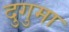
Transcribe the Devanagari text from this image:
दुगुमा